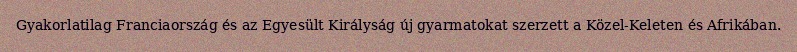
Gyakorlatilag Franciaország és az Egyesült Királyság új gyarmatokat szerzett a Közel-Keleten és Afrikában.